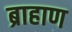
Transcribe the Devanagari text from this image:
ब्राहाण